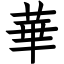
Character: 華